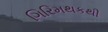
ગિરિમથકથી